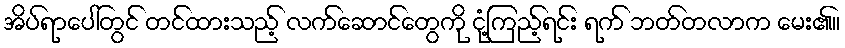
အိပ်ရာပေါ်တွင် တင်ထားသည့် လက်ဆောင်တွေကို ငုံ့ကြည့်ရင်း ရက် ဘတ်တလာက မေး၏။